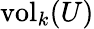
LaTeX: {\mathrm{vol}}_{k}(U)